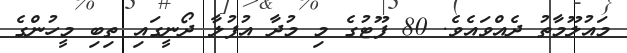
މައުލޫމާތު ދެއްވައެވެ. 80 ފޫޓުގެ މި މުދާ އުފުލާ ދޯނީގައި ތިބި މީހުންގެ